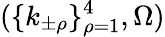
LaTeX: (\{ k_{\pm\rho}\} _{\rho=1}^{4},\Omega)